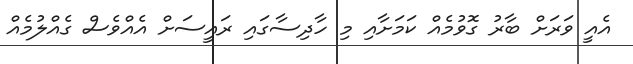
އެއީ ވަރަށް ބާރު ގޮވުމެއް ކަމަށާއި މި ހާދިސާގައި ރައީސަށް އެއްވެސް ގެއްލުމެއް